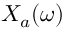
X _ { a } ( \omega )